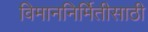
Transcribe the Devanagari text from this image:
विमाननिर्मितीसाठी